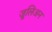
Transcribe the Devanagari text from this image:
जूलिअन